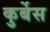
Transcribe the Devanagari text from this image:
कुर्बेस